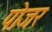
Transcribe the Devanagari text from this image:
पोजर